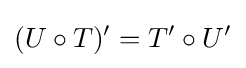
(U\circ T)'=T'\circ U'